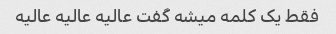
فقط یک کلمه میشه گفت عالیه عالیه عالیه